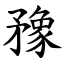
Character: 䂊